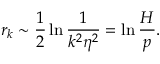
r _ { k } \sim \frac { 1 } { 2 } \ln \frac { 1 } { k ^ { 2 } \eta ^ { 2 } } = \ln \frac { H } { p } .